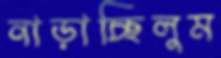
নাড়াচ্ছিলুম